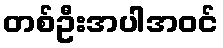
တစ်ဦးအပါအဝင်